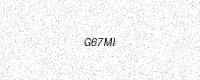
Text: G67MI